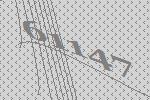
61147